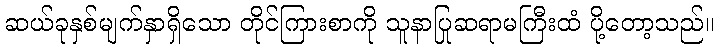
ဆယ်ခုနှစ်မျက်နှာရှိသော တိုင်ကြားစာကို သူနာပြုဆရာမကြီးထံ ပို့တော့သည်။